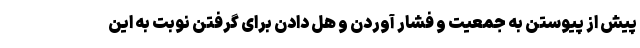
پیش از پیوستن به جمعیت و فشار آوردن و هل دادن برای گرفتن نوبت به این